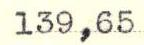
139,65